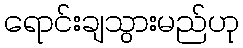
ရောင်းချသွားမည်ဟု